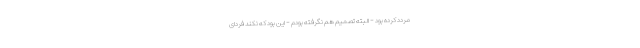
مردّد کرده بود - البته تصمیم هم نگرفته بودم - این بود که نکند فردای